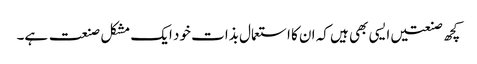
کچھ صنعتیں ایسی بھی ہیں کہ ان کا استعمال بذات خود ایک مشکل صنعت ہے۔